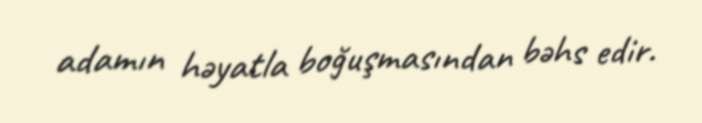
adamın həyatla boğuşmasından bəhs edir.